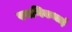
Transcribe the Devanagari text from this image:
रमणिकभाई